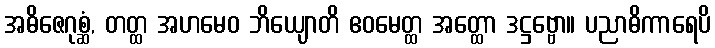
အဓိဇေဂုစ္ဆံ, တတ္ထ အဟမေဝ ဘိယျောတိ ဧဝမေတ္ထ အတ္ထော ဒဋ္ဌဗ္ဗော။ ပညာဓိကာရေပိ